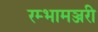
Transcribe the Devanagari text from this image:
रम्भामञ्जरी